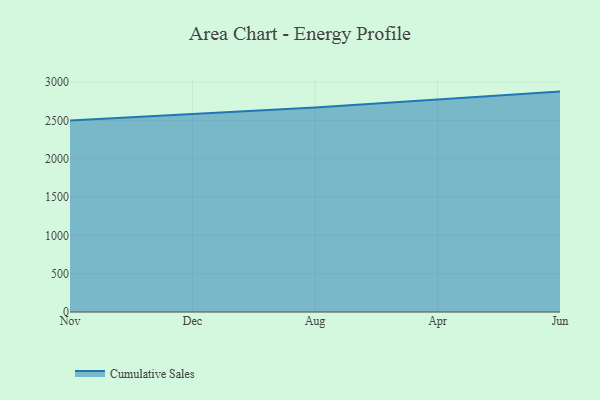
{"axis": {"x": "Month", "y": "Page Views"}, "legend": ["Cumulative Sales"], "data": [{"x": "Nov", "y": 2498.8, "type": "Cumulative Sales"}, {"x": "Dec", "y": 2581.6, "type": "Cumulative Sales"}, {"x": "Aug", "y": 2669.6, "type": "Cumulative Sales"}, {"x": "Apr", "y": 2773.2, "type": "Cumulative Sales"}, {"x": "Jun", "y": 2877.5, "type": "Cumulative Sales"}]}